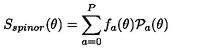
S _ { s p i n o r } ( \theta ) = \sum _ { a = 0 } ^ { P } f _ { a } ( \theta ) { \cal P } _ { a } ( \theta )